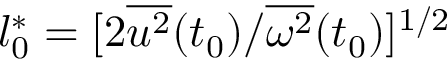
l _ { 0 } ^ { * } = [ 2 { \overline { { u ^ { 2 } } } } ( t _ { 0 } ) / { \overline { { \omega ^ { 2 } } } } ( t _ { 0 } ) ] ^ { 1 / 2 }